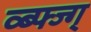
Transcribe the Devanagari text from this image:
व्ब्फ्ज्ग्